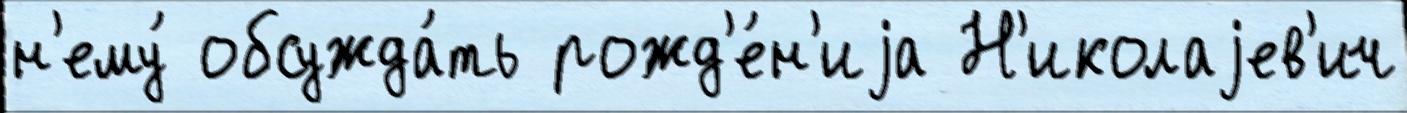
н'ему́ обсужда́ть рожд'е́н'иjа Н'иколаjев'ич